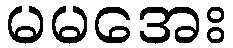
မမအေး